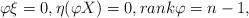
LaTeX: \begin{align*}\varphi \xi =0, \eta(\varphi X)=0,rank \varphi = n-1,\end{align*}